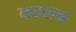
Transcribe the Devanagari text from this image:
कएलक